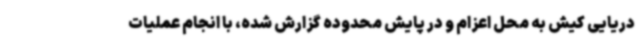
دریایی کیش به محل اعزام و در پایش محدوده گزارش شده، با انجام عملیات